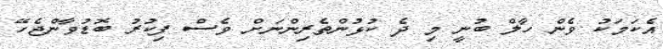
އެކަމަކު ވެން ހާލް ބުނީ މި ދެ ކުޅުންތެރިންނަށް ވެސް ފިކުރު ބޮޑުވާންޖެހޭ